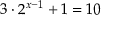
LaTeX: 3 \cdot 2 ^ { x - 1 } + 1 = 1 0